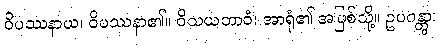
ဝိပဿနာယ၊ ဝိပဿနာ၏။ ဝိသယဘာဝံ၊ အာရုံ၏ အဖြစ်သို့။ ဥပဂန္တွာ၊